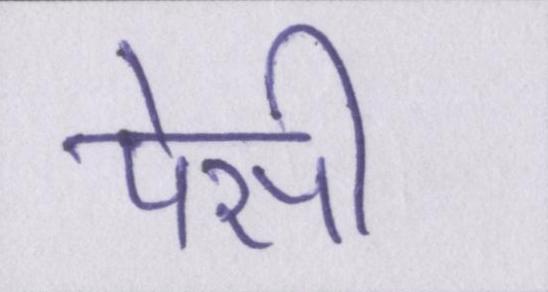
पेसी